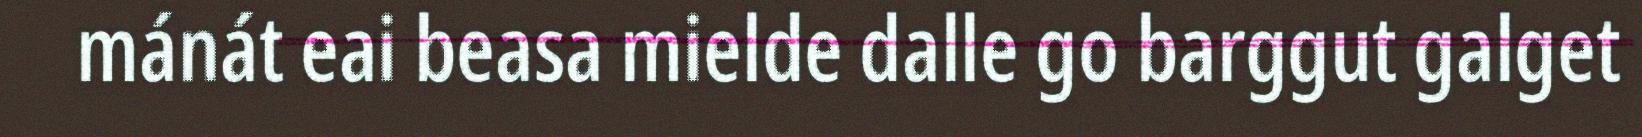
mánát eai beasa mielde dalle go barggut galget